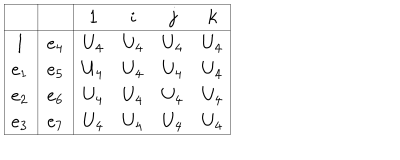
\begin{array} { | c | c | | c c c c | } \hline { { } } & { { } } & { { 1 } } & { { i } } & { { j } } & { { k } } \\ \hline { { \hline 1 } } & { { e _ { 4 } } } & { { U _ { 4 } } } & { { U _ { 4 } } } & { { U _ { 4 } } } & { { U _ { 4 } } } \\ { { e _ { 1 } } } & { { e _ { 5 } } } & { { U _ { 4 } } } & { { U _ { 4 } } } & { { U _ { 4 } } } & { { U _ { 4 } } } \\ { { e _ { 2 } } } & { { e _ { 6 } } } & { { U _ { 4 } } } & { { U _ { 4 } } } & { { U _ { 4 } } } & { { U _ { 4 } } } \\ { { e _ { 3 } } } & { { e _ { 7 } } } & { { U _ { 4 } } } & { { U _ { 4 } } } & { { U _ { 4 } } } & { { U _ { 4 } } } \\ \hline { { } } \\ \end{array}